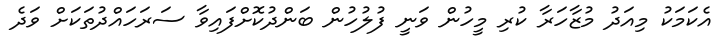
އެކަމަކު މިއަދު މުޒާހަރާ ކުރި މީހުން ވަނީ ފުލުހުން ބަންދުކޮށްފައިވާ ސަރަހައްދުތަކަށް ވަދެ